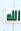
الله